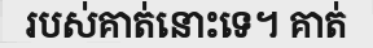
របស់គាត់នោះទេ។ គាត់